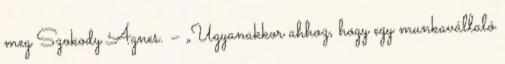
meg Szokody Ágnes. – „Ugyanakkor ahhoz, hogy egy munkavállaló